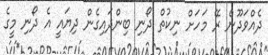
ދެއްވަދޫން ރޭ މަހަށް ނިކުތް ދޯނި ބިންދައިގެން ދިޔައީ އެ ދޯނި މީގެ